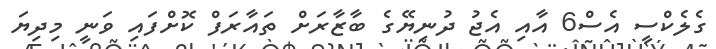
ގެލެކްސީ އެސް6 އާއި އެޖު ދުނިޔޭގެ ބާޒާރަށް ތައާރަފް ކޮށްފައި ވަނީ މިދިޔަ